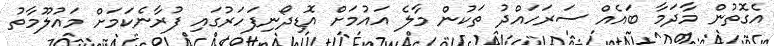
އެގޮތުން މާދަމާ ބައެއް ސަރަހައްދު ތަކުން މާލެ އައުމަށް އޮޑިދޯނިފަހަރުގައި ފުރާނެކަމަށް މައުލޫމާތު